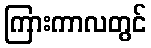
ကြားကာလတွင်